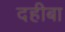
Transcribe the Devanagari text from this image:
दहीबा